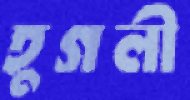
হুগলী